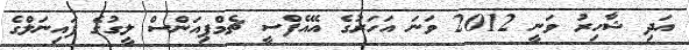
އަދި ޝާހިރު ވަނީ 2012 ވަނަ އަހަރުގެ އޭއެފްސީ ޗެމްޕިއަންސް ލީގުގެ ފައިނަލްގެ